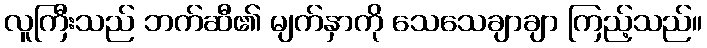
လူကြီးသည် ဘက်ဆီ၏ မျက်နှာကို သေသေချာချာ ကြည့်သည်။